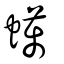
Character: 蠇